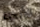
الأنحاء